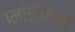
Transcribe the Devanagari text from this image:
मिरिफिसी